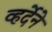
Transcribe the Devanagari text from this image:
व्हर्देने